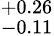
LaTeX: ^{+0.26}_{-0.11}